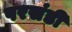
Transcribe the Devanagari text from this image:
परसंडी